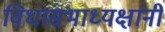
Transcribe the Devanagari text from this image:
विधासभाध्यक्षांनी